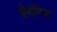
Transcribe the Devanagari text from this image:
जैथलिया